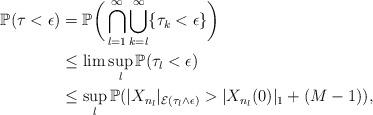
LaTeX: \begin{align*} \mathbb{P}(\tau < \epsilon) &= \mathbb{P}\bigg( \bigcap_{l=1}^{\infty} \bigcup_{k=l}^\infty \{ \tau_k < \epsilon \} \bigg)\\ &\leq \lim\sup_l \mathbb{P}(\tau_l < \epsilon)\\ &\leq \sup_l \mathbb{P}( |X_{n_l}|_{\mathcal{E}(\tau_l \wedge \epsilon)} > | X_{n_l}(0) |_1 + (M-1) ),\end{align*}